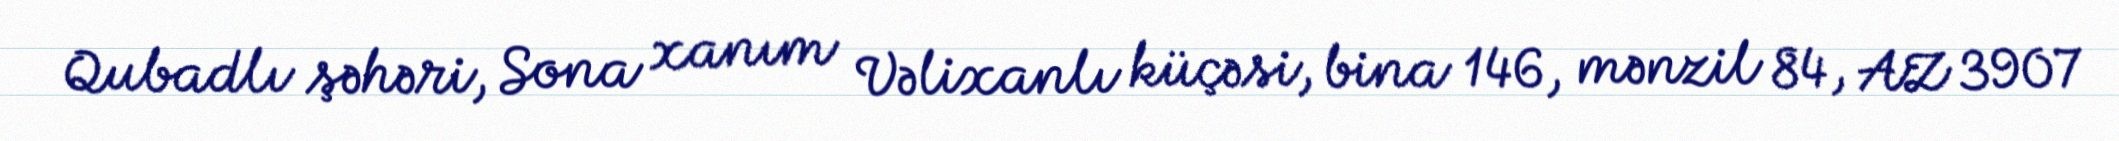
Qubadlı şəhəri, Sona xanım Vəlixanlı küçəsi, bina 146, mənzil 84, AZ 3907